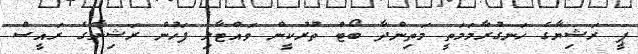
ޕީ ރަޝިޔާގެ ހަނގުރާމަމަތީ މަތިންދާ ބޯޓް ތުރުކީން ވައްޓާލި ފަހުން ރަޝިޔާގެ ރައީސް